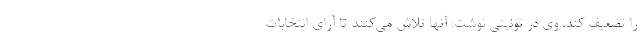
را تضعیف کند. وی در توئیتی نوشت: آنها تلاش می‌کنند تا آرای انتخابات